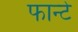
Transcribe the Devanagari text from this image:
फान्टे